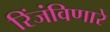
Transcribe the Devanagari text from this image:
रिंजंविणारे